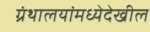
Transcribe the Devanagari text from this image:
ग्रंथालयांमध्येदेखील